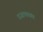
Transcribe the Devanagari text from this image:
रजापाकर